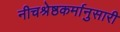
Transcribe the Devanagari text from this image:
नीचश्रेष्ठकर्मानुसारी